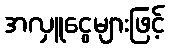
အလှူငွေများဖြင့်